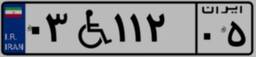
۷۵W۳۵۲۷۷